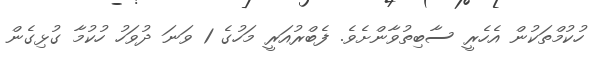
ހުކުމްތަކުން އެހެރީ ސާބިތުވާންށެވެ. ފެބްރުއަރީ މަހުގެ 1 ވަނަ ދުވަހު ހުކުމާ ގުޅިގެން